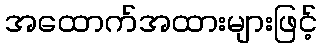
အထောက်အထားများဖြင့်